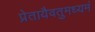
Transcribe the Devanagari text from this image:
प्रेतायैवतुमध्यमं